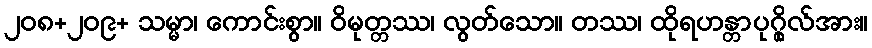
၂၀၈+၂၀၉+ သမ္မာ၊ ကောင်းစွာ။ ဝိမုတ္တဿ၊ လွတ်သော။ တဿ၊ ထိုရဟန္တာပုဂ္ဂိုလ်အား။